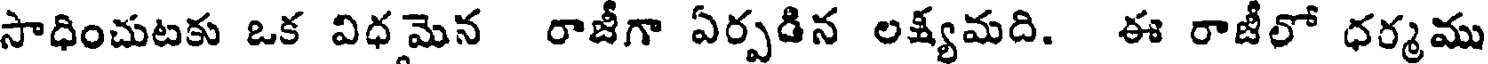
సాధించుటకు ఒక విధమెన రాజీగా ఏర్పడిన లక్ష్యమది. ఈ రాజీలో ధర్మము